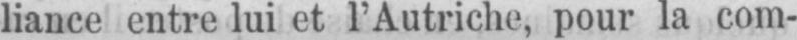
liance entre lui et l’Autriche, pour la com-